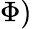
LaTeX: \Phi)